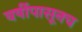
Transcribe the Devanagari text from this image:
वर्षीपासूनच